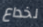
لخداع